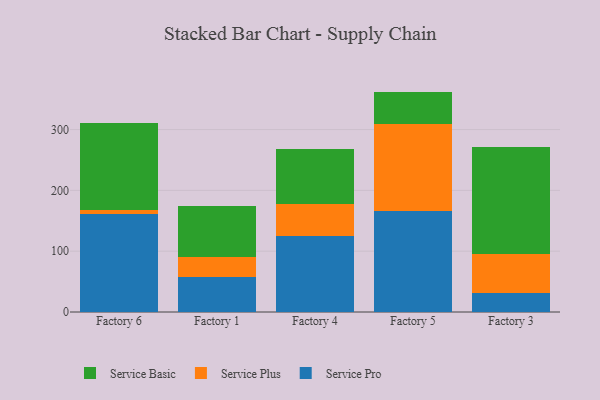
{"axis": {"x": "Factory", "y": "Headcount"}, "legend": ["Service Basic", "Service Plus", "Service Pro"], "data": [{"x": "Factory 6", "y": 160.9, "type": "Service Pro"}, {"x": "Factory 6", "y": 6.5, "type": "Service Plus"}, {"x": "Factory 6", "y": 143.3, "type": "Service Basic"}, {"x": "Factory 1", "y": 58.1, "type": "Service Pro"}, {"x": "Factory 1", "y": 32.7, "type": "Service Plus"}, {"x": "Factory 1", "y": 83.9, "type": "Service Basic"}, {"x": "Factory 4", "y": 124.8, "type": "Service Pro"}, {"x": "Factory 4", "y": 52.9, "type": "Service Plus"}, {"x": "Factory 4", "y": 89.6, "type": "Service Basic"}, {"x": "Factory 5", "y": 166.1, "type": "Service Pro"}, {"x": "Factory 5", "y": 143.3, "type": "Service Plus"}, {"x": "Factory 5", "y": 53.0, "type": "Service Basic"}, {"x": "Factory 3", "y": 31.7, "type": "Service Pro"}, {"x": "Factory 3", "y": 63.9, "type": "Service Plus"}, {"x": "Factory 3", "y": 175.3, "type": "Service Basic"}]}